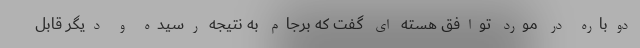
دوباره در مورد توافق هسته ای گفت که برجام به نتیجه رسیده و دیگر قابل